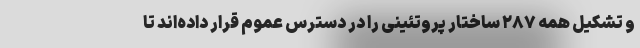
و تشکیل همه ۲۸۷ ساختار پروتئینی را در دسترس عموم قرار داده‌اند تا